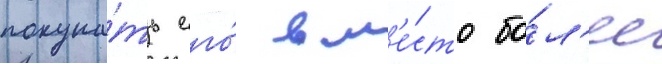
покупа́ть его́ вм'е́сто бо́л'ее